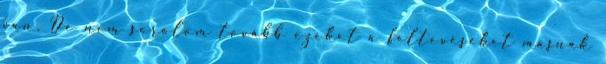
van. De nem sorolom tovább ezeket a feltevéseket másnak